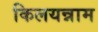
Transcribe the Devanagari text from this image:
किलयन्नाम